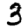
Digit: 3